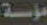
مؤسسة